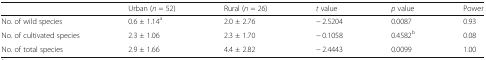
<table><thead><tr><td></td><td><b>Urban (<i>n</i> = 52)</b></td><td><b>Rural (<i>n</i> = 26)</b></td><td><b><i>t</i> value</b></td><td><b><i>p</i> value</b></td><td><b>Power</b></td></tr></thead><tbody><tr><td>No. of wild species</td><td>0.6 ± 1.14<sup>a</sup></td><td>2.0 ± 2.76</td><td>− 2.5204</td><td>0.0087</td><td>0.93</td></tr><tr><td>No. of cultivated species</td><td>2.3 ± 1.06</td><td>2.3 ± 1.70</td><td>− 0.1058</td><td>0.4582<sup>b</sup></td><td>0.08</td></tr><tr><td>No. of total species</td><td>2.9 ± 1.66</td><td>4.4 ± 2.82</td><td>− 2.4443</td><td>0.0099</td><td>1.00</td></tr></tbody></table>